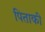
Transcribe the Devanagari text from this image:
पिताकी